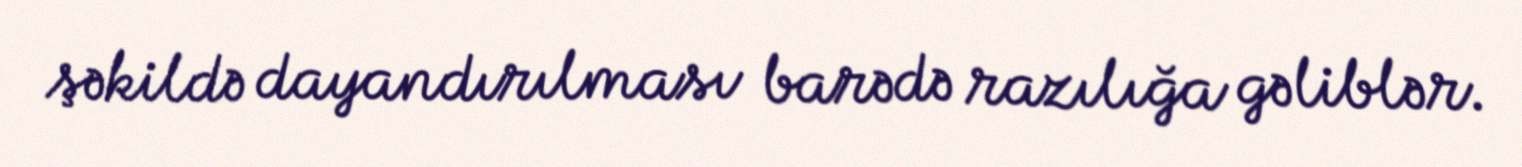
şəkildə dayandırılması barədə razılığa gəliblər.